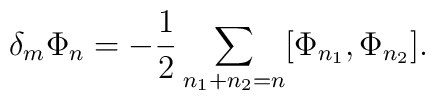
\delta_m\Phi_{n}= - \frac{1}{2}\sum_{n_1+n_2=n}[\Phi_{n_1},\Phi_{n_2}].